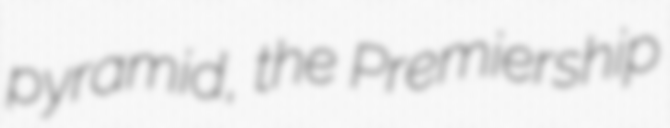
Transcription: pyramid, the Premiership